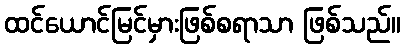
ထင်ယောင်မြင်မှားဖြစ်စရာသာ ဖြစ်သည်။